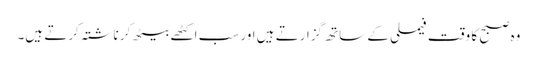
وہ صبح کا وقت فیملی کے ساتھ گزارتے ہیں اور سب اکٹھے بیٹھ کر ناشتہ کرتے ہیں۔